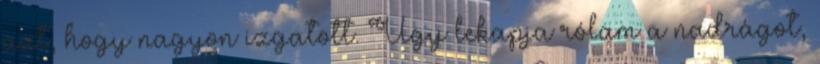
azt, hogy nagyon izgatott. Úgy lekapja rólam a nadrágot,